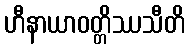
ဟီနာယာဝတ္တိဿသီတိ